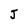
Character: J